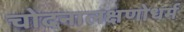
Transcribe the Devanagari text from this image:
चोदनालक्षणोधर्म